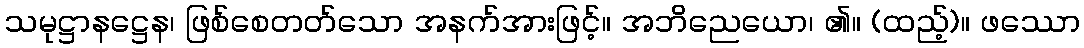
သမုဋ္ဌာနဋ္ဌေန၊ ဖြစ်စေတတ်သော အနက်အားဖြင့်။ အဘိညေယော၊ ၏။ (ထည့်)။ ဖဿော